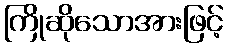
ကြိုဆိုသောအားဖြင့်